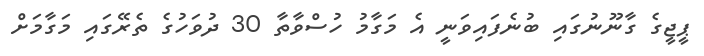
ޕީޖީގެ ގާނޫނުގައި ބުނެފައިވަނީ އެ މަގާމު ހުސްވާތާ 30 ދުވަހުގެ ތެރޭގައި މަގާމަށް